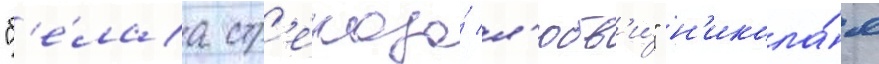
"б'е́лаа стр'екоза́ л'юбв'и́" н'икола́я